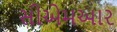
સીએમઆર